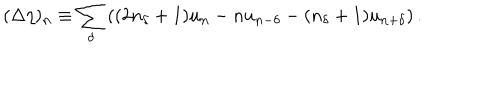
LaTeX: ( \Delta \eta ) _ { \mathbf { n } } \equiv \sum _ { \delta } \left( ( 2 n _ { \delta } + 1 ) u _ { \mathbf { n } } - n u _ { \mathbf { n } - \delta } - ( n _ { \delta } + 1 ) u _ { \mathbf { n } + \delta } \right) .